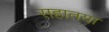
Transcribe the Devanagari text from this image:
सहातया